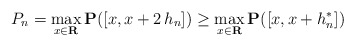
\begin{align*}P_{n}=\max_{x\in {\bf R}}{\bf P}([x,x+2\,h_{n}])\geq \max_{x\in {\bf R}}{\bf P}([x,x+h_{n}^{*}]) \end{align*}